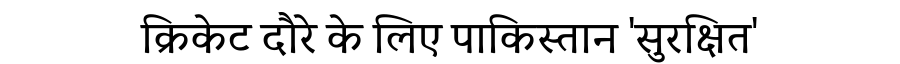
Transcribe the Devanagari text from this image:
क्रिकेट दौरे के लिए पाकिस्तान 'सुरक्षित'